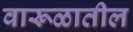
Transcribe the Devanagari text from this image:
वारूळातील